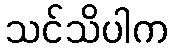
သင်သိပါက